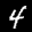
Label: 4